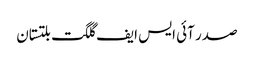
صدر آئی ایس ایف گلگت بلتستان